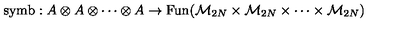
\mathrm { s y m b } : A \otimes A \otimes \cdots \otimes A \rightarrow \mathrm { F u n } ( { \cal M } _ { 2 N } \times { \cal M } _ { 2 N } \times \cdots \times { \cal M } _ { 2 N } )